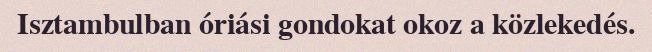
Isztambulban óriási gondokat okoz a közlekedés.